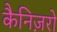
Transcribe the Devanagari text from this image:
कैनिज़रो